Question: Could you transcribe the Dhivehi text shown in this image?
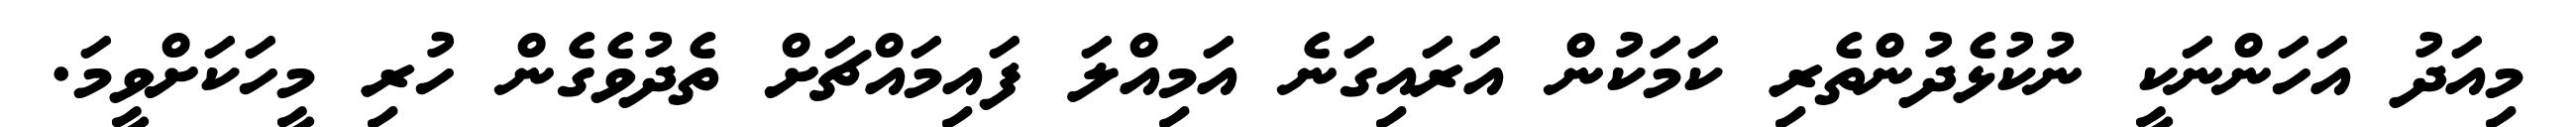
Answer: މިއަދު އަހަންނަކީ ނުކުޅެދުންތެރި ކަމަކުން އަރައިގަނެ އަމިއްލަ ފައިމައްޗަށް ތެދުވެގެން ހުރި މީހަކަށްވީމަ.